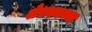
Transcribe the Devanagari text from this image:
शेरमनच्या